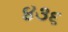
૪૩૬